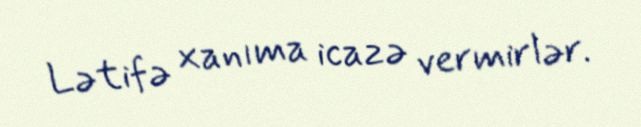
Lətifə xanıma icazə vermirlər.